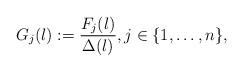
LaTeX: \begin{align*} G_j(\l):=\frac{F_j(\l)}{\Delta(\l)}, j \in \{1,\ldots,n\},\end{align*}